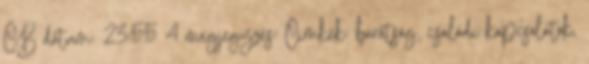
CB dátum: 23:55 4 megjegyzés: Címkék: barátság, családi kapcsolatok,